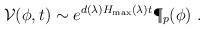
LaTeX: \begin{align*}{\cal V}(\phi,t) \sim e^{d(\lambda) H_{\max}(\lambda) t}\P_p(\phi)\ .\end{align*}